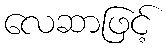
လေဆာဖြင့်